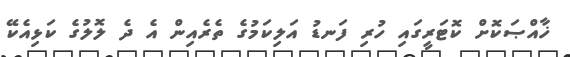
ޚާއްޞަކޮށް ކޮޓަރީގައި ހުރި ފަނޑު އަލިކަމުގެ ތެރެއިން އެ ދެ ލޮލުގެ ކަޅިއެކޭ